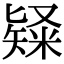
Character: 𥻊